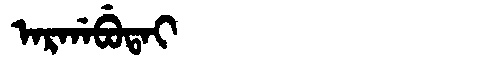
Manchu: ᠠᡵᡤᠠᠪᡠᡨᠠᡳ
Romanization: ARGABUTAI